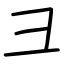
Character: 彐